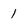
Character: 1